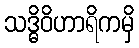
သဒ္ဓိဝိဟာရိကမှိ